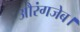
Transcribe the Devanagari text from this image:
औरंगजेब।